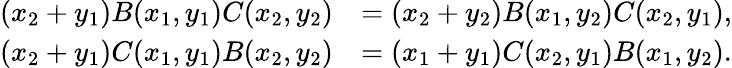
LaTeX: \begin{array}{rl}{(x_{2}+y_{1})B(x_{1},y_{1})C(x_{2},y_{2})}&{=(x_{2}+y_{2})B(x_{1},y_{2})C(x_{2},y_{1}),}\\ {(x_{2}+y_{1})C(x_{1},y_{1})B(x_{2},y_{2})}&{=(x_{1}+y_{1})C(x_{2},y_{1})B(x_{1},y_{2}).}\end{array}